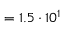
= 1 . 5 \cdot 1 0 ^ { 1 }